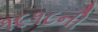
૧૯૧૮ની